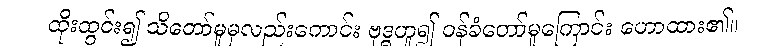
ထိုးထွင်း၍ သိတော်မူမှလည်းကောင်း ဗုဒ္ဓဟူ၍ ဝန်ခံတော်မူကြောင်း ဟောထား၏။